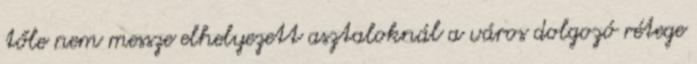
tőle nem messze elhelyezett asztaloknál a város dolgozó rétege